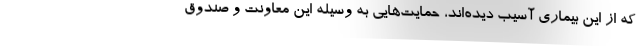
که از این بیماری آسیب دیده‌اند، حمایت‌هایی به وسیله این معاونت و صندوق